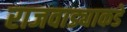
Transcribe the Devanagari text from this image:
राजवाड्याकडे